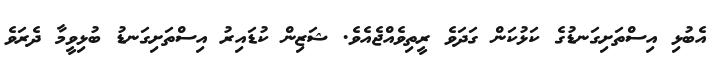
އެބުޅި އިސްތަށިގަނޑުގެ ކަޅުކަން ގަދަވެ ރީތިވެއްޖެއެވެ. ޝަޒިން ކުޑައިރު އިސްތަށިގަނޑު ބުޅިވީމާ ދެރަވެ